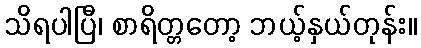
သိရပါပြီ၊ စာရိတ္တတော့ ဘယ့်နှယ်တုန်း။